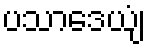
ပသာဒေယျံ